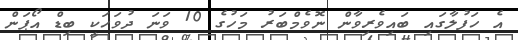
އެ ހަފުލާގައި ބައިވެރިވާން ނޮވެމްބަރު މަހުގެ 10 ވަނަ ދުވަހަކީ ބިޑް އޯޕަން